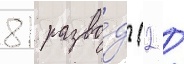
81 разво́д (2 /